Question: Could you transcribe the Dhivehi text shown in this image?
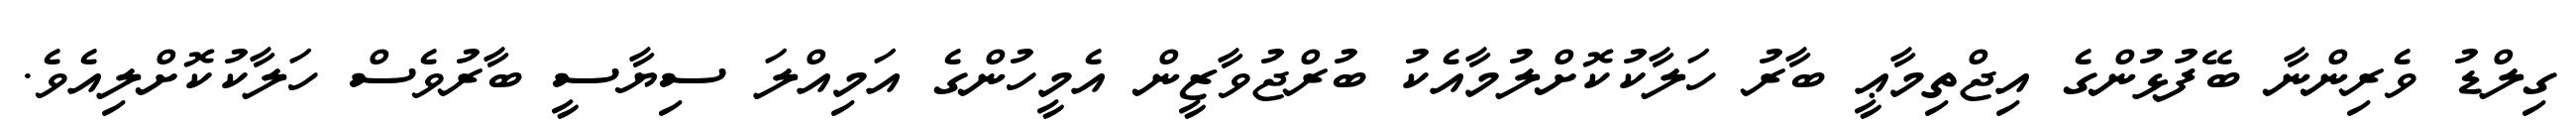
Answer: ގިލްޑު ވެރިންނާ ބޭފުޅުންގެ އިޖްތިމާޢީ ބާރު ހަލާކުކޮށްލުމާއެކު ބުރްޖުވާޒީން އެމީހުންގެ އަމިއްލަ ސިޔާސީ ބާރުވެސް ހަލާކުކޮށްލިއެވެ.